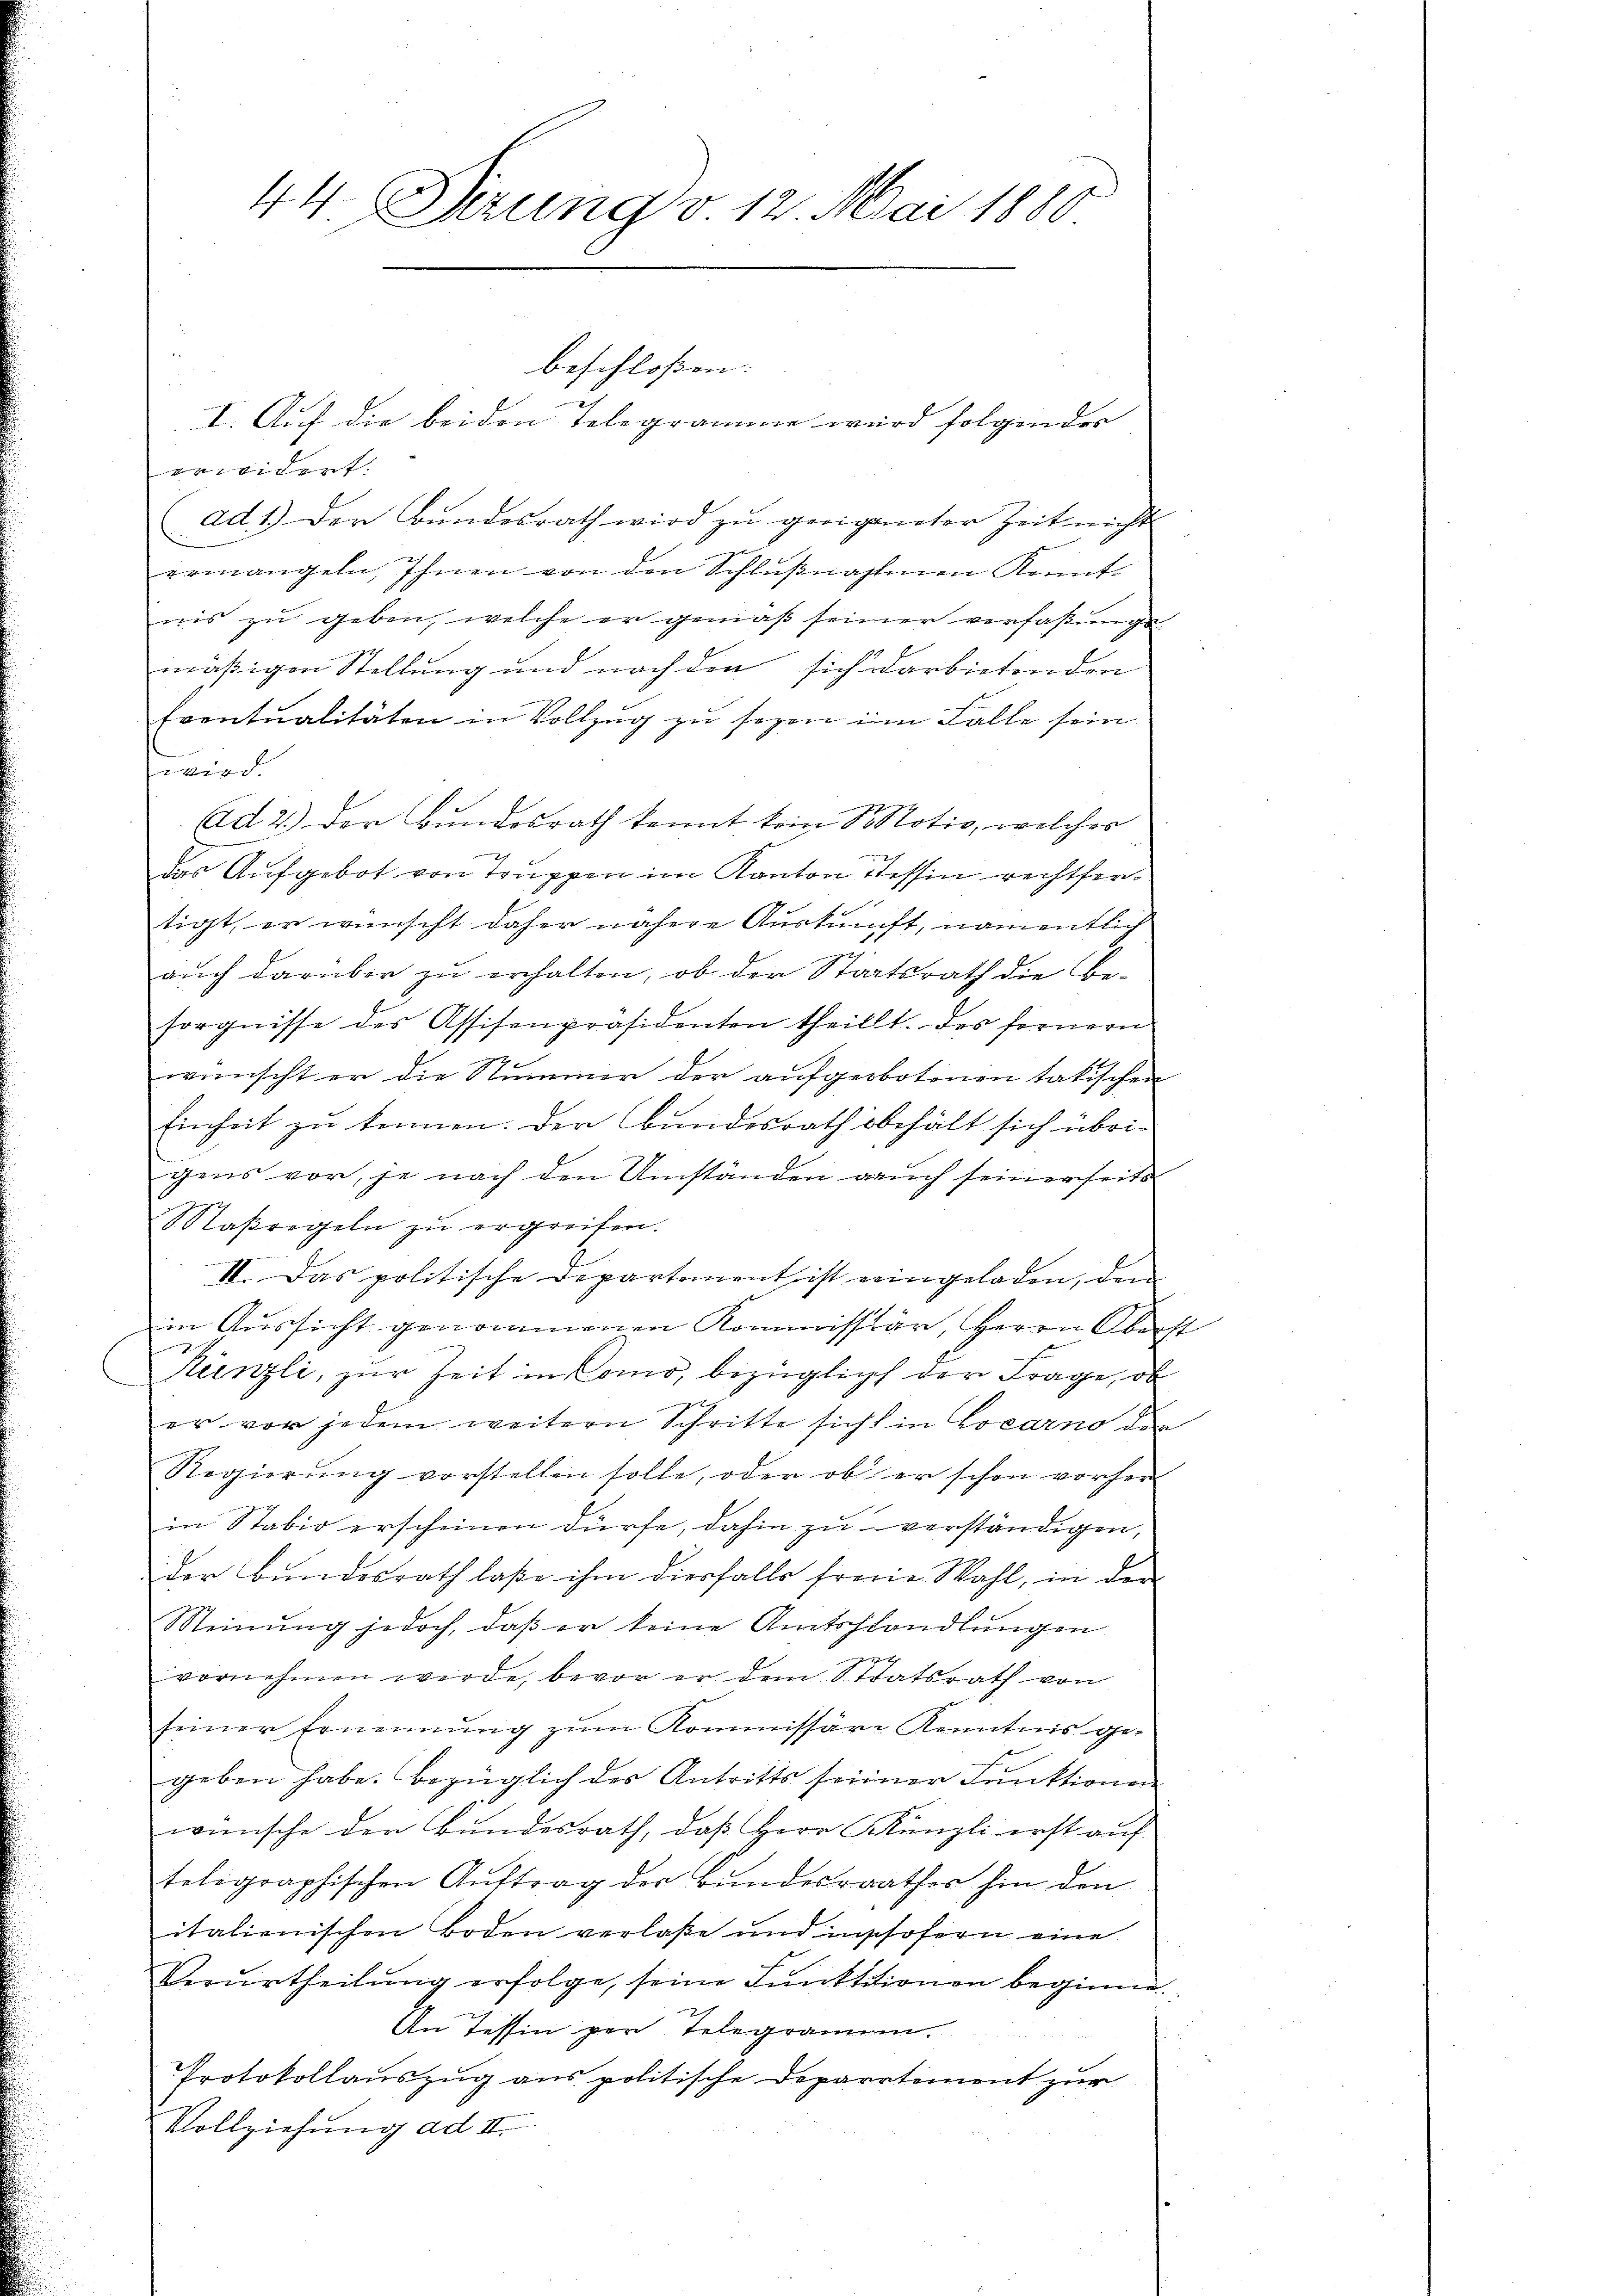
44. Tierung d 12. Mai 1880

verwidert.
ad 1.) Der Bŭndesrath wird zŭ geeigneter Zeit nicht
ermangeln, Ihnen von den Schlŭβnahmen Konnte
nis zu geben, welche er gemäß seiner verfaßungs
mäßigen Stellung und nach den sich darbietenden
Eventualitäten in Vollzŭg zŭ seyen im Falle sein
wird.
Ad 2.) Der Bundesrath kannt kein Motiv, welcher
das Aufgebot von Truppen im Kanton Tessin rechtfertigt, er wünscht daher nähere Auskunft, namentlich
auch darüber zu erhalten, ob der Staatsrath die Besorgnisse des Assisenpräsidenten theilt. Des fernern
wünscht er die Nummer der aŭfgeobotenen tatischen
Einheit zu kennen. Der Bundesrath behält sich übrigens vor, je nach den Umständen auch seinerseits
Maßregeln zŭ ergreifen.
II. Das politische Departement ist eingeladen, dem
in Aussicht genommenen Kommissär, Herrn Oberst
Künzli, zur Zeit in Como, bezüglich der Frage, ob
er vor jedem weitern Schritte sicht in Locarno der
Regierung vorstellen solle, oder ob er schon vorher |
in Stabio erscheinen dürfe, dahin zu verständigen,
der Bundesrath laße ihm diesfalls freue Wahl, in den
Meinung jedoch, daß er keine Amtshandlungen
x
vornehmen werde, bevor er dem Staatsrath von
seiner Ernennung zŭm Kommissäre Kenntnis ge-
geben habe. Bezüglich des Antritts seiner Funktionen
wünsche der Bundesrath, daß Herr Künzli erst auf
toligraphischen Auftrag der Bundesrathes hin den
italienischen Boden verlaße und inshofern eine
Verurtheilung erfolge, seine Funktionen beginne.
An Tessin per Telegramm.
Protokollauszug aus politische Departement zur
Vollziehung ad II.

beschloßen:
I. Auf die beiden Telegramme wird folgender